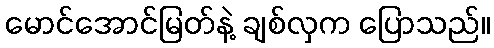
မောင်အောင်မြတ်နဲ့ ချစ်လှက ပြောသည်။